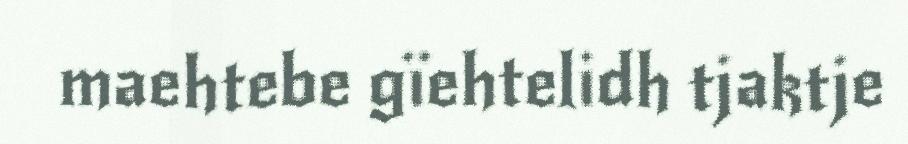
maehtebe gïehtelidh tjaktje